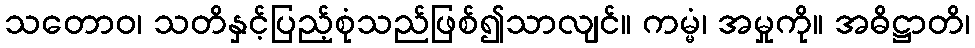
သတောဝ၊ သတိနှင့်ပြည့်စုံသည်ဖြစ်၍သာလျင်။ ကမ္မံ၊ အမှုကို။ အဓိဋ္ဌာတိ၊